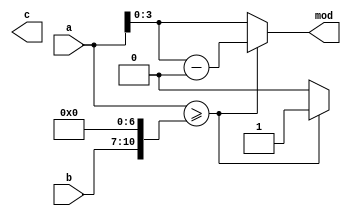
module div(a,b,c,mod);
input  [7:0] a;
input  [3:0] b;
output reg  [7:0]   c;
output reg  [3:0]   mod;
reg     [10:0]  t1,t2,t3;
integer k;

always @(a or b) begin
    t2={3'b000,a};
    for(k=7;k>=7;k=k-1)
        begin
            t1=b << k;
            if (t2>=t1) 
                begin
                    c[k]=1;
                    t2=t2-t1;
                end
            else
                c[k] = 0;
        end
    mod = t2[3:0];
end
endmodule


//~ `New testbench
`timescale  1ns / 1ps

module tb_div;

// div Parameters
parameter PERIOD  = 10;


// div Inputs
reg   [7:0]  a                             = 10011011 ;
reg   [3:0]  b                             = 0010 ;

// div Outputs
wire  [7:0]  c                             ;
wire  [3:0]  mod                           ;


div  u_div (
    .a                       ( a    [7:0] ),
    .b                       ( b    [3:0] ),

    .c                       ( c    [7:0] ),
    .mod                     ( mod  [3:0] )
);

initial
begin
    #(PERIOD * 2)
    a <= 10011001;
    b <=0100;
    #(PERIOD * 2)
    a <= 10010101;
    b <=0110;
    #(PERIOD * 2)
    a <= 10010111;
    b <=0110;
    $finish;
end

initial
begin
    $dumpfile("div.vcd");
    $dumpvars;
end


endmodule